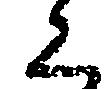
く